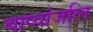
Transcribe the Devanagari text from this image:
वाष्पांजलि